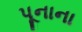
પૂનાના